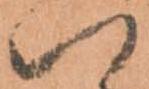
ハ